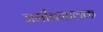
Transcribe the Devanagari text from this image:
जमीनमालक